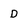
Character: D